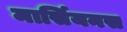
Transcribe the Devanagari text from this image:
मार्सियनस